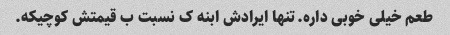
طعم خیلی خوبی داره.تنها ایرادش ابنه ک نسبت ب قیمتش کوچیکه.